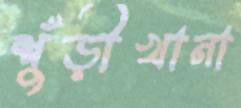
শুঁড়ীখানা